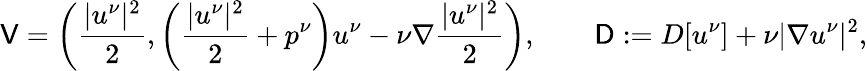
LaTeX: \mathsf{V}=\left(\frac{|u^{\nu}|^{2}}{2},\left(\frac{|u^{\nu}|^{2}}{2}+p^{\nu}\right)u^{\nu}-\nu\nabla\frac{|u^{\nu}|^{2}}{2}\right),\qquad\mathsf{D}:=D[u^{\nu}]+\nu|\nabla u^{\nu}|^{2},